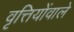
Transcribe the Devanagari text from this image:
वृत्तियोंवाले